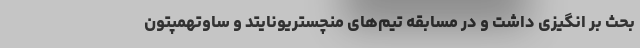
بحث بر انگیزی داشت و در مسابقه تیم‌های منچستریونایتد و ساوتهمپتون